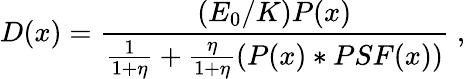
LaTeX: D(x)=\frac{(E_{0}/K)P(x)}{\frac{1}{1+\eta}+\frac{\eta}{1+\eta}(P(x)*PSF(x))}\; ,